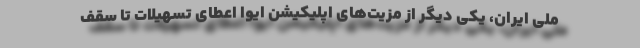
ملی ایران، یکی دیگر از مزیت‌های اپلیکیشن ایوا اعطای تسهیلات تا سقف